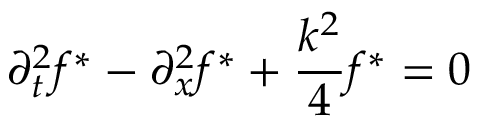
\partial _ { t } ^ { 2 } f ^ { * } - \partial _ { x } ^ { 2 } f ^ { * } + \frac { k ^ { 2 } } { 4 } f ^ { * } = 0